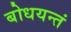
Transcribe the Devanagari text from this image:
बोधयन्तं